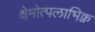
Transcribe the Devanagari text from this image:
क्षेमोत्पलाभिक्व